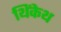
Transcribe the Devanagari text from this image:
थिंकेथ